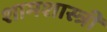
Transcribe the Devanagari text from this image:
शामशास्त्री